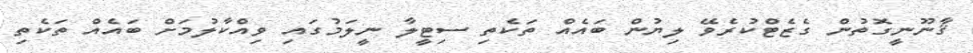
ޤާނޫނީގޮތުން ގެޒެޓްކުރެވޭ ލިޔުން ބައެއް ތަކެތި ސިޓީލާ ނީލަމުގައި ވިއްކާލުމަށް ބައެއް ތަކެތި